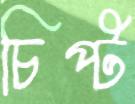
চিপ্‌ট